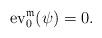
LaTeX: \begin{align*}{\rm ev}_{0}^{\mathfrak{m}}(\psi)=0.\end{align*}